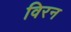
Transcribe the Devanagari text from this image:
विरन